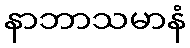
နာဘာသမာနံ